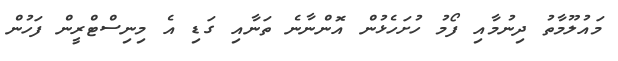
މައުލޫމާތު ދިނުމާއި ފޯމު ހުށަހެޅުން އޮންނާނެ ތަނާއި ގަޑި އެ މިނިސްޓްރީން ފަހުން